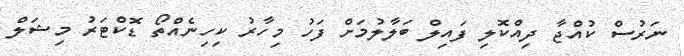
ނަރުސް ކުއްޖާ ދިއްކޮލި ފައިލް ބަލާލުމަށް ފަހު މިހާރު ކިހިނެއްތޯ ޑޮކްޓަރު މިޝަލް